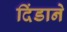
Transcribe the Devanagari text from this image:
दिंडाने